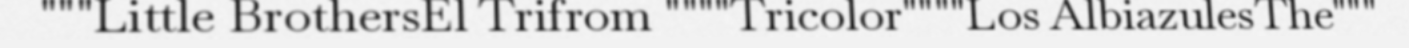
"""Little BrothersEl Trifrom """"Tricolor""""Los AlbiazulesThe"""